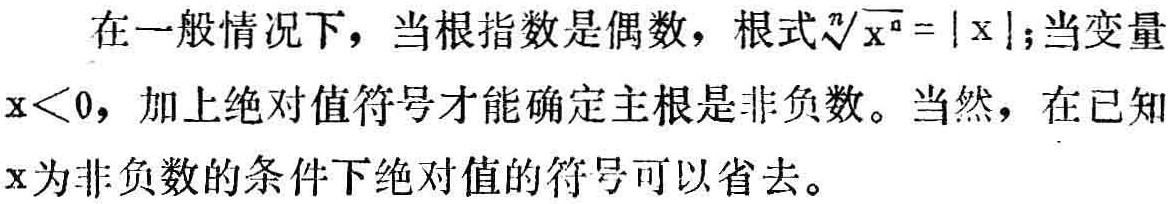
在一般情况下，当根指数是偶数，根式\(\sqrt[n]{x^{n}} = |x|\)；当变量\(x<0\)，加上绝对值符号才能确定主根是非负数。当然，在已知\(x\)为非负数的条件下绝对值的符号可以省去。